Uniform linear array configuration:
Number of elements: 12
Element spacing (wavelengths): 0.5
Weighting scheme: blackman
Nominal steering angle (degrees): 60
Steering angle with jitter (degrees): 59.922
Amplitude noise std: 0.05
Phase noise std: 0.05

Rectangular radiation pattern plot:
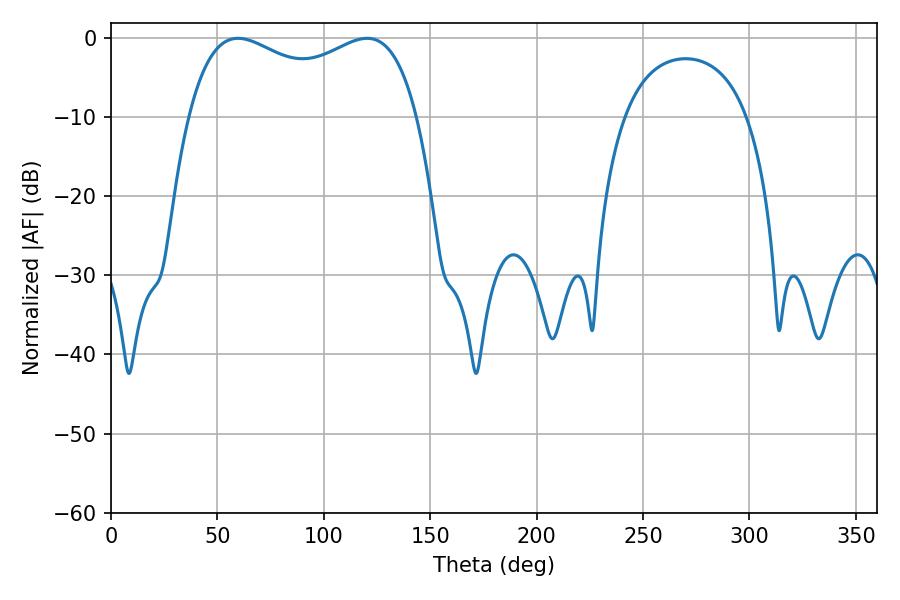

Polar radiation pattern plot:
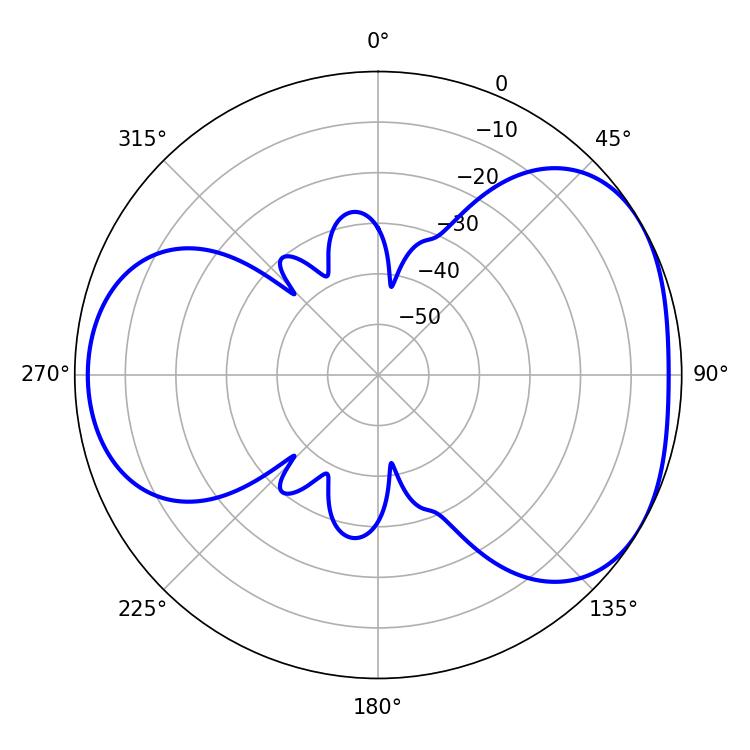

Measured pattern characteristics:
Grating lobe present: FALSE
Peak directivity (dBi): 4.188
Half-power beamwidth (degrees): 88.92
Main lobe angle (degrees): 59.58